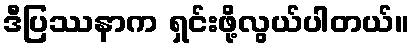
ဒီပြဿနာက ရှင်းဖို့လွယ်ပါတယ်။